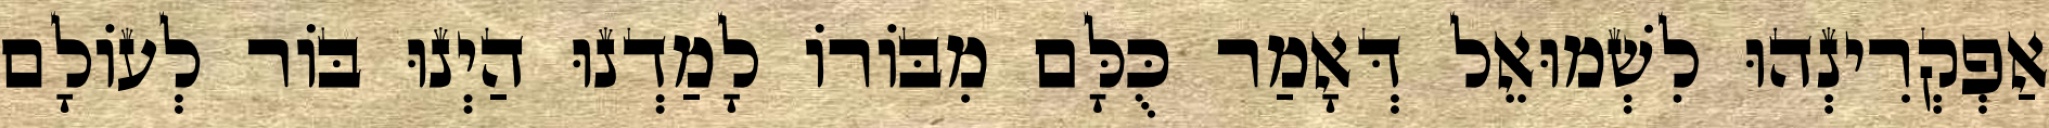
אַפְקְרִינְהוּ לִשְׁמוּאֵל דְּאָמַר כֻּלָּם מִבּוֹרוֹ לָמַדְנוּ הַיְנוּ בּוֹר לְעוֹלָם